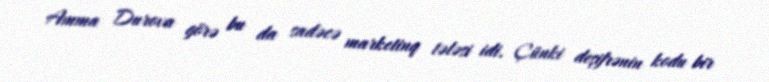
Amma Durova görə bu da sadəcə marketinq tələsi idi. Çünki deşifrənin kodu bir